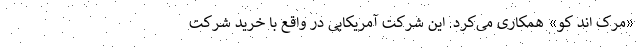
«مرک اند کو» همکاری می‌کرد. این شرکت آمریکایی در واقع با خرید شرکت